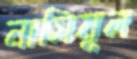
নাসিমূল